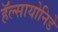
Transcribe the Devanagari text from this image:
हॅल्सायोनिडे